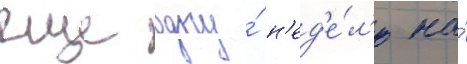
еще одну́ н'ед'е́л'ю на́